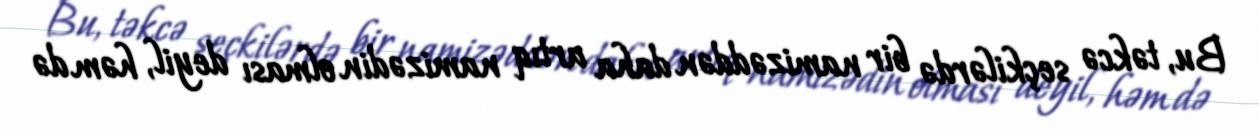
Bu, təkcə seçkilərdə bir namizəddən daha artıq namizədin olması deyil, həm də